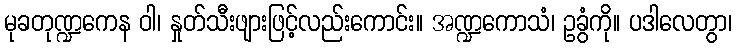
မုခတုဏ္ဍကေန ဝါ၊ နှုတ်သီးဖျားဖြင့်လည်းကောင်း။ အဏ္ဍကောသံ၊ ဥခွံကို။ ပဒါလေတွာ၊